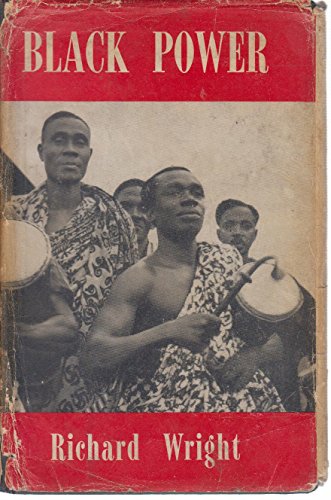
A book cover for Black power; Richard Wright; Travel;